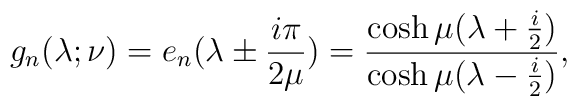
g_{n}(\lambda;\nu) = e_{n}(\lambda \pm{i \pi\over 2 \mu})={\cosh\mu(\lambda +{i\over 2}) \over\cosh \mu(\lambda -{i\over 2})}\\,